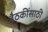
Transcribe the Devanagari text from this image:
बैठकींसाठी